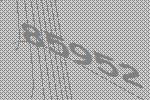
85952